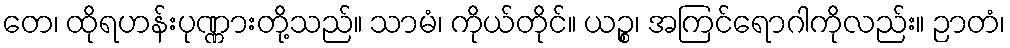
တေ၊ ထိုရဟန်းပုဏ္ဏားတို့သည်။ သာမံ၊ ကိုယ်တိုင်။ ယဉ္စ၊ အကြင်ရောဂါကိုလည်း။ ဉာတံ၊